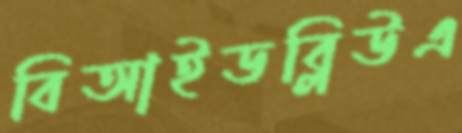
বিআইডব্লিউএ